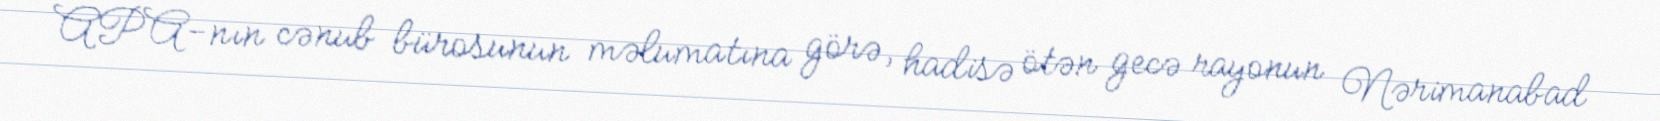
APA-nın cənub bürosunun məlumatına görə, hadisə ötən gecə rayonun Nərimanabad